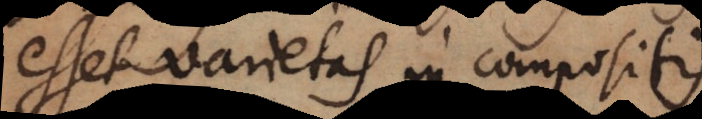
esset varietas in compositis.